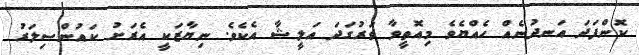
ކޮންފަދަ އަނދުނެއް ހެއްޔެވެ މިއޮތީވާ ވަރުގަދަ އަލީޝާ އެކެވެ. ނިޔާޒަކީ އެރަށު ކައުންސިލަރު